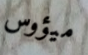
ميؤوس